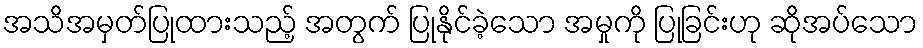
အသိအမှတ်ပြုထားသည့် အတွက် ပြုနိုင်ခဲ့သော အမှုကို ပြုခြင်းဟု ဆိုအပ်သော